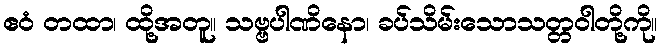
ဧဝံ တထာ၊ ထို့အတူ။ သဗ္ဗပါဏိနော၊ ခပ်သိမ်းသောသတ္တဝါတို့ကို။